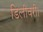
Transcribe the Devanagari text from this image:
डिलीवरी।